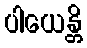
ပါယေန္တိ